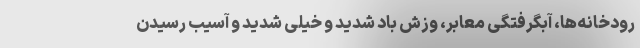
رودخانه‌ها، آبگرفتگی معابر، وزش باد شدید و خیلی شدید و آسیب رسیدن